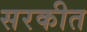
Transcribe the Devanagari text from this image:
सरकीत